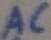
Text: AC